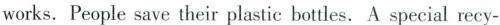
works. People save their plastic bottles. A special recy-